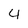
Character: 4